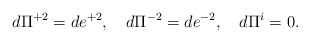
\begin{align*}d\Pi^{+2}=de^{+2},\quad d\Pi^{-2}=de^{-2},\quad d\Pi^i=0.\end{align*}